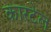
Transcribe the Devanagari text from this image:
कारटेल